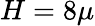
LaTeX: H=8\mu